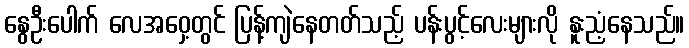
နွေဦးပေါက် လေအဝှေ့တွင် ပြန့်ကျဲနေတတ်သည့် ပန်းပွင့်လေးများလို နူးညံ့နေသည်။